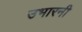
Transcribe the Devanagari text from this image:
उभारनी